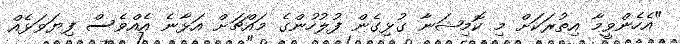
"އެހެންވީމާ އިތުރަކަށް މި ކޮމިޝަނާ ގުޅިގެން ފުލުހުންގެ މައްޗަށް އަޅާނެ އެއްވެސް ފިޔަވަޅެއް